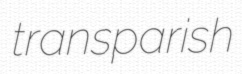
transparish